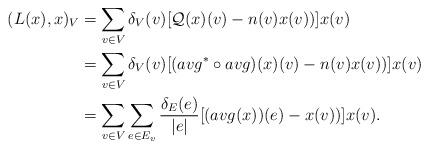
LaTeX: \begin{align*} (L(x),x)_V &=\sum\limits_{v\in V}\delta_V(v)[\mathcal{Q}(x)(v)-n(v)x(v))]x(v)\\ &=\sum\limits_{v\in V}\delta_V(v)[(avg^*\circ avg)(x)(v)-n(v)x(v))]x(v)\\ &=\sum\limits_{v\in V}\sum\limits_{e\in E_v}\frac{\delta_E(e)}{|e|}[(avg(x))(e)-x(v))]x(v).\end{align*}